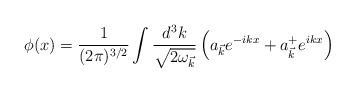
\begin{align*}\phi (x) = \frac {1} {(2 \pi )^{3/2}} \int \frac {d^3 k}{\sqrt{2 {\omega}_{\vec{k}}}} \left( a_{\vec{k}} e^{-ikx} + a_{\vec{k}}^{+} e^{ikx}\right)\end{align*}